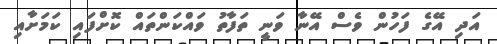
އަދި އޭގެ ފަހުން ވެސް އޭނާ ވަނީ ތަފާތު ވައްކަންތައް ކޮށްފައި ކަމަށާއި